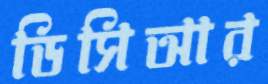
ডিসিআর